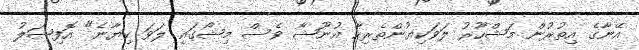
އޭނާގެ އިތުރުން މަޝްހޫރު ލަވަކިޔުންތެރިހާ އުނޫޝާ ވެސް މިޝޯގައި ލަވަ ކިޔާނެ" އޮފިޝަލު